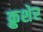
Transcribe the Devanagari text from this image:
क्रुशेर